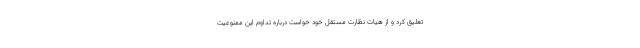
تعلیق کرد و از هیات نظارت مستقل خود خواست درباره تداوم این ممنوعیت